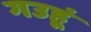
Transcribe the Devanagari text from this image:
गउहूं